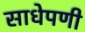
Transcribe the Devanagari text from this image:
साधेपणी